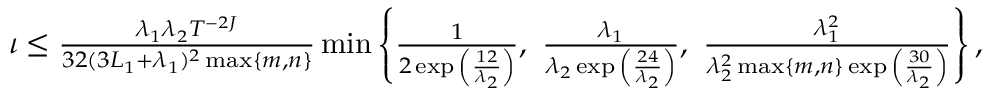
\begin{array} { r } { \iota \leq \frac { \lambda _ { 1 } \lambda _ { 2 } T ^ { - 2 J } } { 3 2 ( 3 L _ { 1 } + \lambda _ { 1 } ) ^ { 2 } \operatorname* { m a x } \{ m , n \} } \operatorname* { m i n } \left\{ \frac { 1 } { 2 \exp { \left( \frac { 1 2 } { \lambda _ { 2 } } \right) } } , \, \, \frac { \lambda _ { 1 } } { \lambda _ { 2 } \exp { \left( \frac { 2 4 } { \lambda _ { 2 } } \right) } } , \, \, \frac { \lambda _ { 1 } ^ { 2 } } { \lambda _ { 2 } ^ { 2 } \operatorname* { m a x } \{ m , n \} \exp { \left( \frac { 3 0 } { \lambda _ { 2 } } \right) } } \right\} , } \end{array}